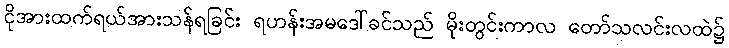
ငိုအားထက်ရယ်အားသန်ရခြင်း ရဟန်းအမဒေါ်ခင်သည် မိုးတွင်းကာလ တော်သလင်းလထဲ၌